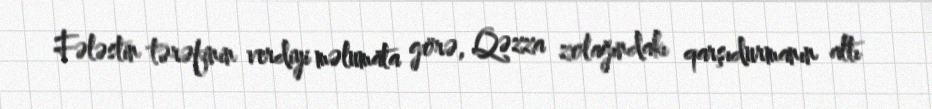
Fələstin tərəfinin verdiyi məlumata görə, Qəzza zolağındakı qarşıdurmanın altı